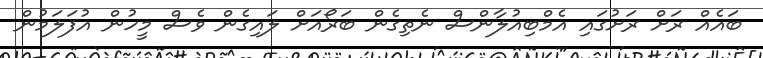
ބައެއް ރަށް ރަށުގައި އެމްބިއުލާންސް ނެތިގެން ބަރޯއަށް ލައިގެން ވެސް މީހުން އުފަލަމުން